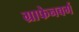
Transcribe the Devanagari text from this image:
ग्राफेनबर्ग